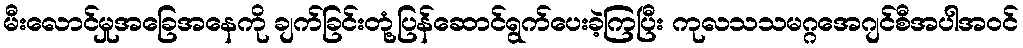
မီးလောင်မှုအခြေအနေကို ချက်ခြင်းတုံ့ပြန်ဆောင်ရွက်ပေးခဲ့ကြပြီး ကုလသသမဂ္ဂအေဂျင်စီအပါအဝင်